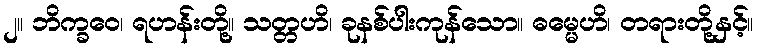
၂။ ဘိက္ခဝေ၊ ရဟန်းတို့။ သတ္တဟိ၊ ခုနစ်ပါးကုန်သော။ ဓမ္မေဟိ၊ တရားတို့နှင့်။